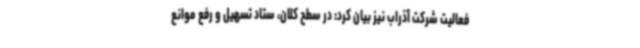
فعالیت شرکت آذراب نیز بیان کرد: در سطح کلان، ستاد تسهیل و رفع موانع